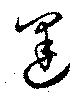
運